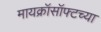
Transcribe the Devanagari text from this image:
मायक्रॉसॉफ्टच्या